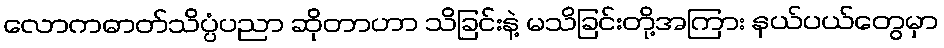
လောကဓာတ်သိပ္ပံပညာ ဆိုတာဟာ သိခြင်းနဲ့ မသိခြင်းတို့အကြား နယ်ပယ်တွေမှာ